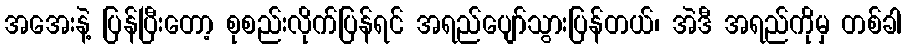
အအေးနဲ့ ပြန်ပြီးတော့ စုစည်းလိုက်ပြန်ရင် အရည်ပျော်သွားပြန်တယ်၊ အဲဒီ အရည်ကိုမှ တစ်ခါ